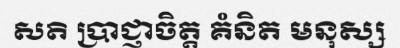
សតិ ប្រាជ្ញាចិត្ត គំនិត មនុស្ស